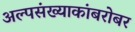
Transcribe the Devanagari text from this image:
अल्पसंख्याकांबरोबर